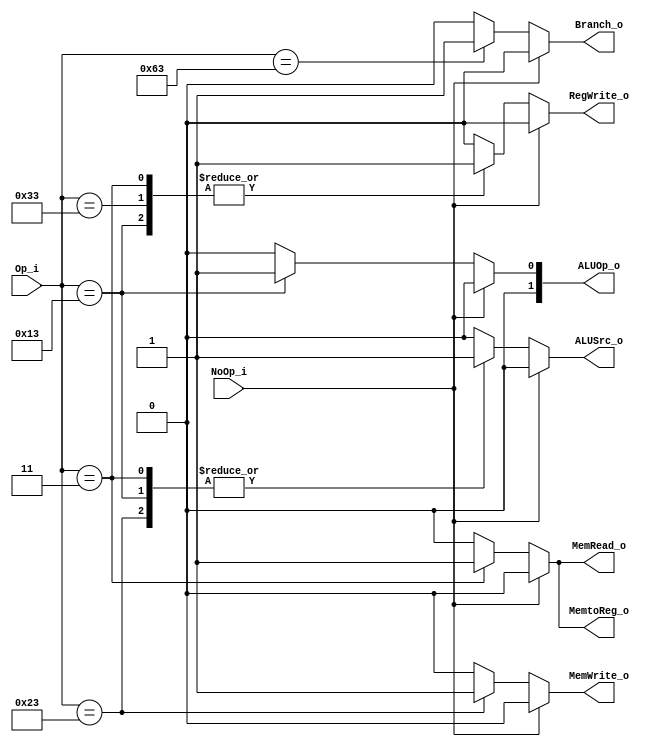
module Control
(
	Op_i,
	NoOp_i,
	ALUOp_o,
	ALUSrc_o,
	Branch_o,
	MemRead_o,
	MemWrite_o,
	RegWrite_o,
	MemtoReg_o
);

input  [6 : 0] Op_i;
input          NoOp_i;
output reg [1 : 0] ALUOp_o;
output reg         ALUSrc_o;
output reg         Branch_o;
output reg         MemRead_o;
output reg         MemWrite_o;
output reg         RegWrite_o;
output reg         MemtoReg_o;


always@(*) begin
	if (NoOp_i) begin
		ALUOp_o = 2'b00;
		ALUSrc_o = 0;
		Branch_o = 0;
		MemRead_o = 0;
		MemWrite_o = 0;
		RegWrite_o = 0;
		MemtoReg_o = 0; 
	end
	else begin
    case (Op_i)
        7'b0010011: begin // addi srai
					ALUOp_o = 2'b01;
					ALUSrc_o = 1;
					Branch_o = 0;
					MemRead_o = 0;
					MemWrite_o = 0;
					RegWrite_o = 1;
					MemtoReg_o = 0;
        end

        7'b0110011: begin // and xor sll add sub mul
					ALUOp_o = 2'b00;
					ALUSrc_o = 0;
					Branch_o = 0;
					MemRead_o = 0;
					MemWrite_o = 0;
					RegWrite_o = 1;
					MemtoReg_o = 0;
        end

				7'b0000011: begin // lw
					ALUOp_o = 2'b00;
					ALUSrc_o = 1;
					Branch_o = 0;
					MemRead_o = 1;
					MemWrite_o = 0;
					RegWrite_o = 1;
					MemtoReg_o = 1; 
				end

				7'b0100011: begin // sw
					ALUOp_o = 2'b00;
					ALUSrc_o = 1;
					Branch_o = 0;
					MemRead_o = 0;
					MemWrite_o = 1;
					RegWrite_o = 0;
					MemtoReg_o = 0; 
				end

				7'b1100011: begin // beq
					ALUOp_o = 2'b00;
					ALUSrc_o = 0;
					Branch_o = 1;
					MemRead_o = 0;
					MemWrite_o = 0;
					RegWrite_o = 0;
					MemtoReg_o = 0; 
				end

        default: begin
					ALUOp_o = 2'b00;
					ALUSrc_o = 0;
					Branch_o = 0;
					MemRead_o = 0;
					MemWrite_o = 0;
					RegWrite_o = 0;
					MemtoReg_o = 0; 
        end
    endcase
	end
end

endmodule